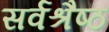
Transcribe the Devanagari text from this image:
सर्वश्रैष्ठ